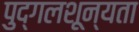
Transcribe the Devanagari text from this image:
पुद्गलशून्यता